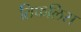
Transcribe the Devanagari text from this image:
तिफलिस